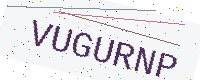
Text: VUGURNP